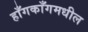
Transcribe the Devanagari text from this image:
हाँगकाँगमधील